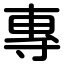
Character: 專